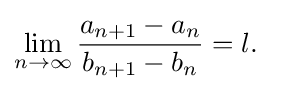
\lim _{n\to \infty }{\frac {a_{n+1}-a_{n}}{b_{n+1}-b_{n}}}=l.\